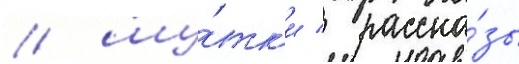
/ шу́тк'и / расска́зы